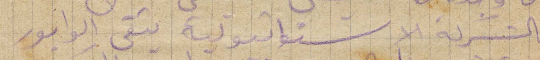
والشركة الاستوائية بتقبى الوابور